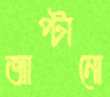
জাপ্‌টানো